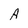
Character: A